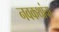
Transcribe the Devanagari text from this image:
नवकथांचा